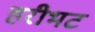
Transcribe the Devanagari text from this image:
हरीभट